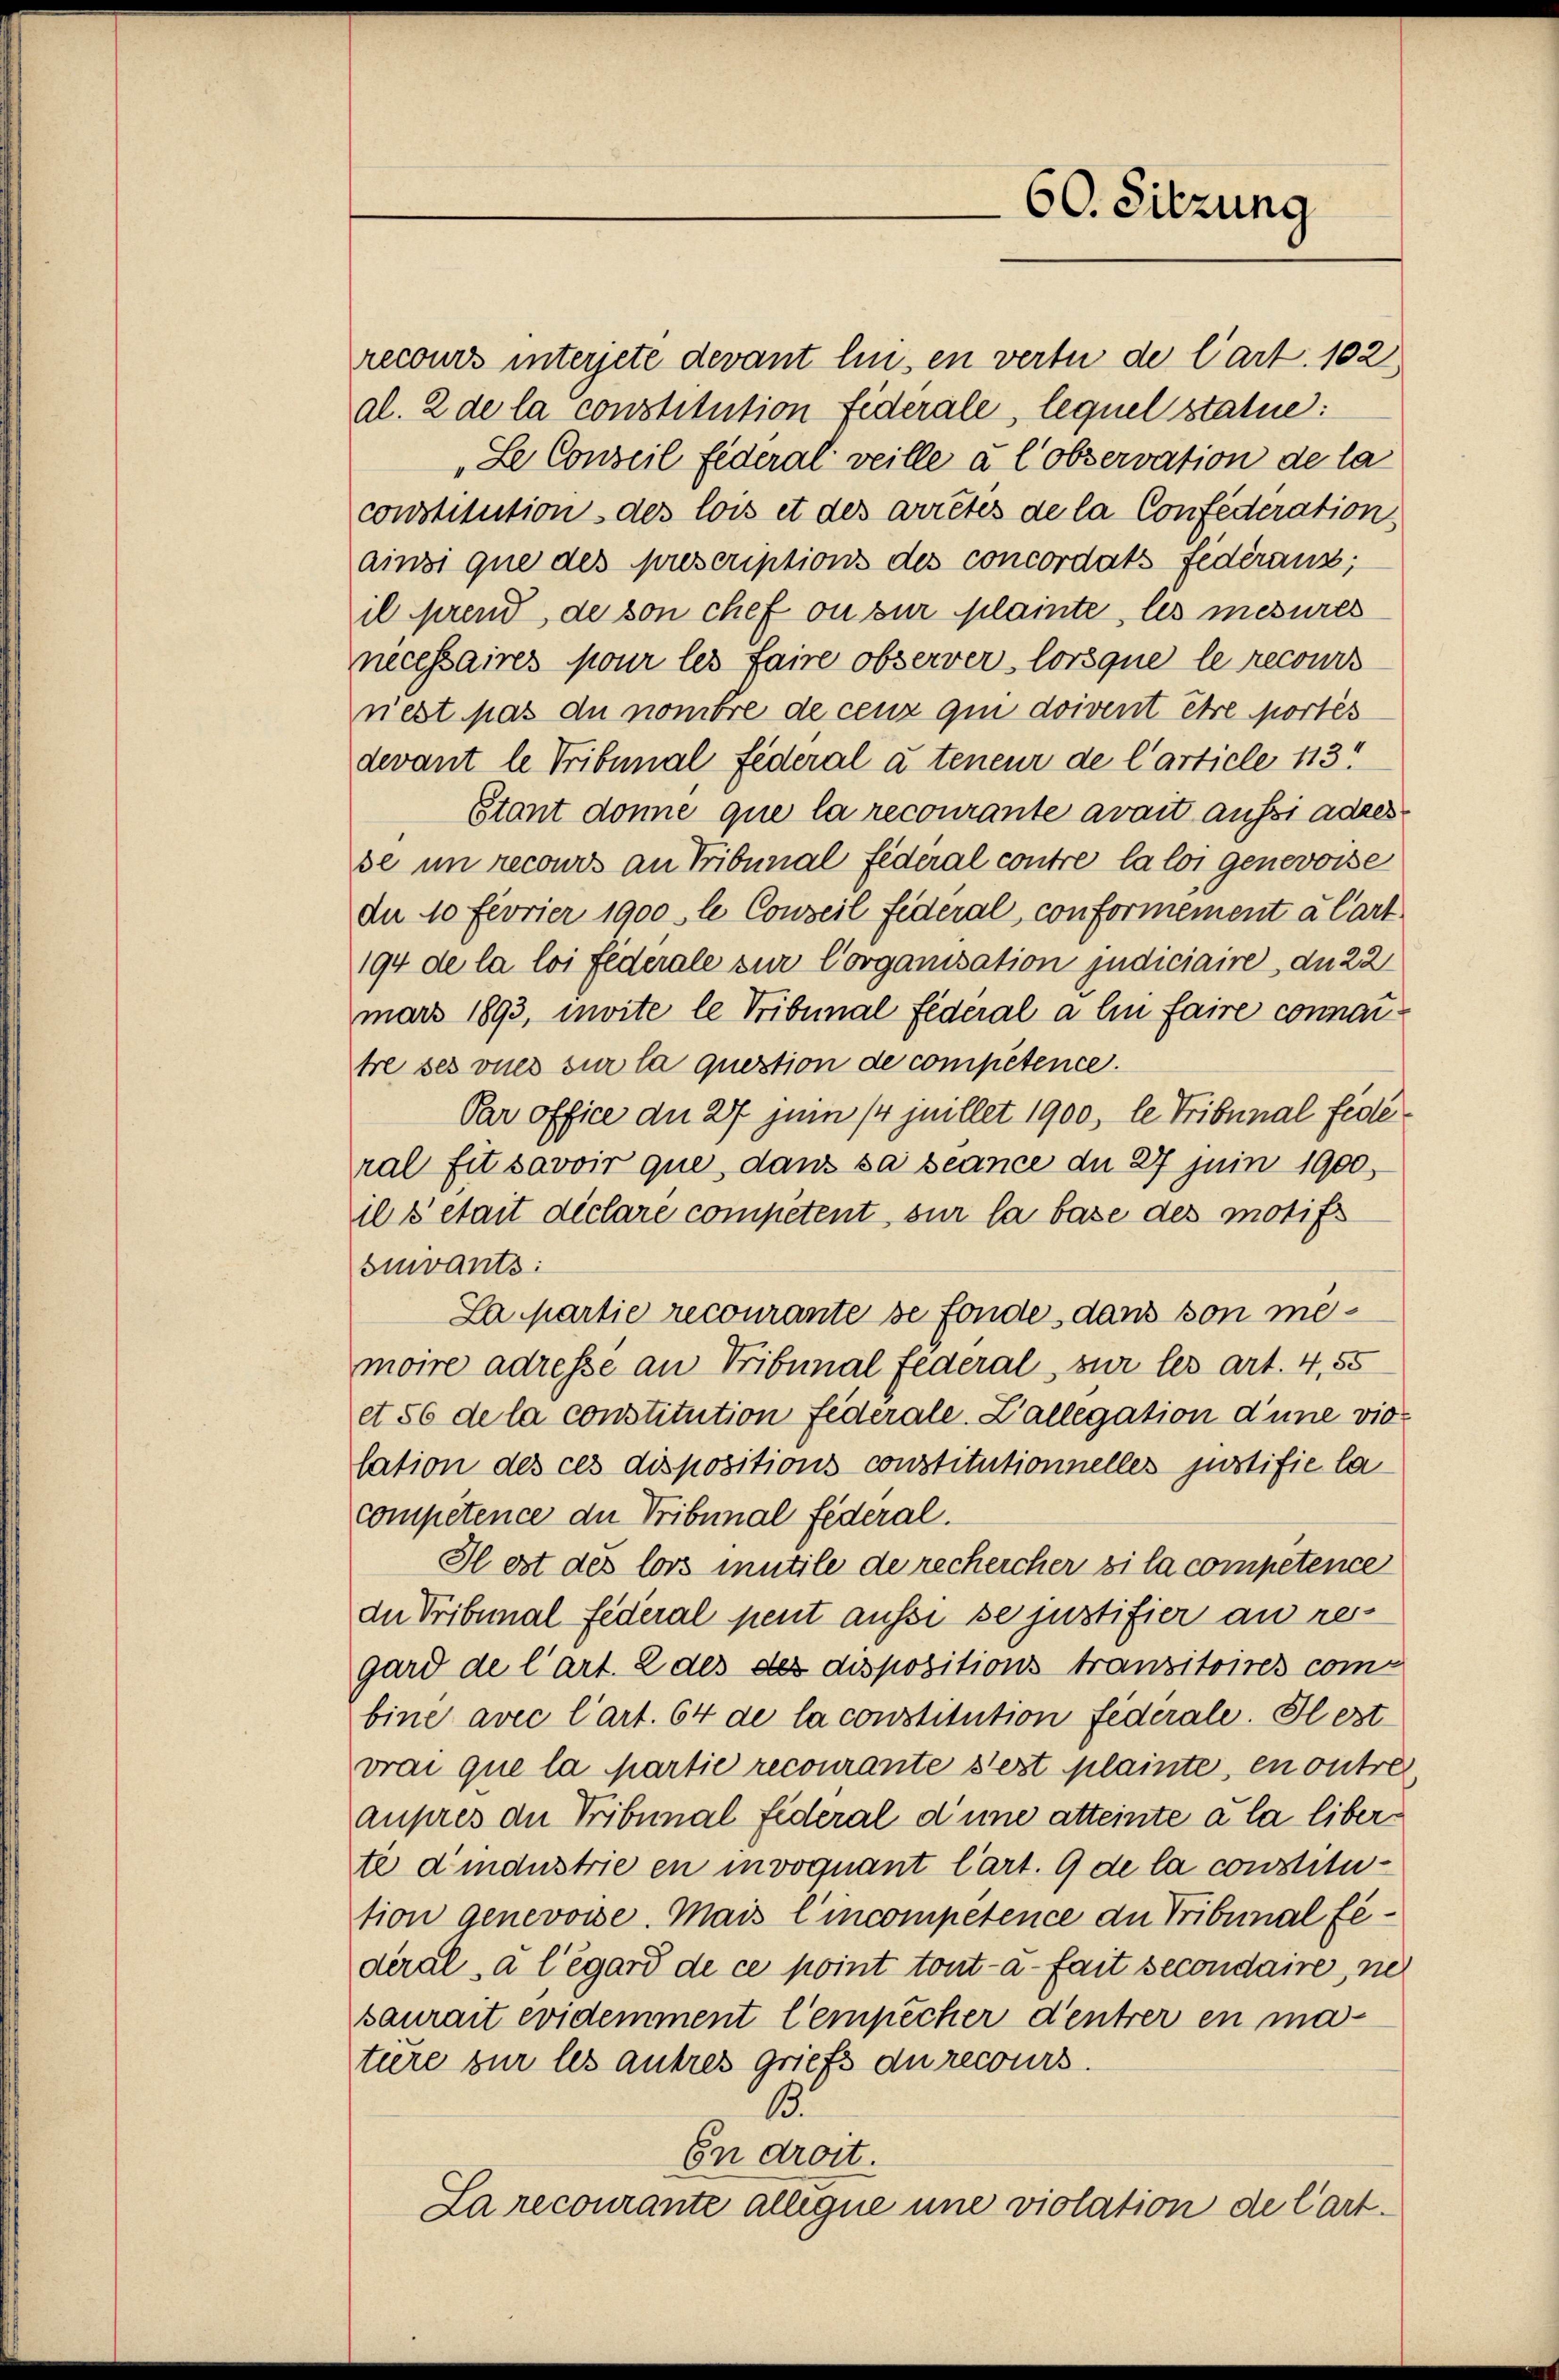
60. Sitzung

recours interjete devant lin, en vertu de Cart. 102
al. 2 de la constitution Federale, lequel statue:
„Se Conseil federal veille à l’observation de la
constitution des lois et des arretes de la Confederation,
ainsi que des prescriptions des concordats Federaus;
il prend, de von chef ou sur plainte, les mesures
necessaires pour les faire observer, lorsque le recours
riest pas du nombre de ceux qui doivent être portés
devant le Tribunal Federal à teneur de l’article 113.
étant donne que la recourante avait aussi adresse in recours an Tribunal Federal contre la loi genevoise
dee 10 Fevrier 1900 le Conseil federal, conformement a Cart
194 de la loi federale zur Corganisation judiciaire du 22
mars 1893, moite le Tribunal fédéral a lin faire connartre ses vues sur la question de competence.
Par office du 27 jui /4 juillet 1900, le Tribunal fédé
ral fit savoir que, dans sa beance du 27 Juin 1900,
ils était déclare competent sur la base des motifs
quivants:
La partie recourante se fonde dans von memoire adresse an Tribunal Federal, sur les art. 4, 55
et 56 de la constitution Federale. Zallegation d’une vio
lation des ces dispositions constitutionnelles justifie la
compétence die Tribunal federal.
Il est des lors mutile de rechercher si la competence
du Tribunal federal peut aussi se justifier an re-
gard de l’art. 2 des des dispositions transitoires combine avec l’art. 64 de la constitution federale. Il est
vrai que la Martie recourante s’est plainte, en outre
aupres du Tribunal federal dinne atteinte à la liber
te d’industrie en invoquant l’art. 9 de la constitution genevoise. Mais l’incompetence du Tribunal féderal, à l’égard de ce point tout - a-fait secondaire, nie
saurait evidemment Cempêcher d’entrer en matiere zur les autres griefs du recours.
13.
En droit.
La recourante allegie une violation de l’art¬